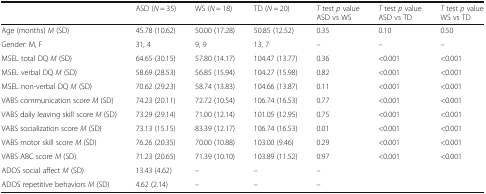
<table><thead><tr><td></td><td><b>ASD (<i>N</i> = 35)</b></td><td><b>WS (<i>N</i> = 18)</b></td><td><b>TD (<i>N</i> = 20)</b></td><td><b><i>T</i> test <i>p</i> valueASD vs WS</b></td><td><b><i>T</i> test <i>p</i> valueASD vs TD</b></td><td><b><i>T</i> test <i>p</i> valueWS vs TD</b></td></tr></thead><tbody><tr><td>Age (months) <i>M</i> (SD)</td><td>45.78 (10.62)</td><td>50.00 (17.28)</td><td>50.85 (12.52)</td><td>0.35</td><td>0.10</td><td>0.50</td></tr><tr><td>Gender: M, F</td><td>31, 4</td><td>9, 9</td><td>13, 7</td><td>–</td><td>–</td><td>–</td></tr><tr><td>MSEL total DQ <i>M</i> (SD)</td><td>64.65 (30.15)</td><td>57.80 (14.17)</td><td>104.47 (13.77)</td><td>0.36</td><td>&lt;0.001</td><td>&lt;0.001</td></tr><tr><td>MSEL verbal DQ <i>M</i> (SD)</td><td>58.69 (28.53)</td><td>56.85 (15.94)</td><td>104.27 (15.98)</td><td>0.82</td><td>&lt;0.001</td><td>&lt;0.001</td></tr><tr><td>MSEL non-verbal DQ <i>M</i> (SD)</td><td>70.62 (29.23)</td><td>58.74 (13.83)</td><td>104.66 (13.87)</td><td>0.11</td><td>&lt;0.001</td><td>&lt;0.001</td></tr><tr><td>VABS communication score <i>M</i> (SD)</td><td>74.23 (20.11)</td><td>72.72 (10.54)</td><td>106.74 (16.53)</td><td>0.77</td><td>&lt;0.001</td><td>&lt;0.001</td></tr><tr><td>VABS daily leaving skill score <i>M</i> (SD)</td><td>73.29 (29.14)</td><td>71.00 (12.14)</td><td>101.05 (12.95)</td><td>0.75</td><td>&lt;0.001</td><td>&lt;0.001</td></tr><tr><td>VABS socialization score <i>M</i> (SD)</td><td>73.13 (15.15)</td><td>83.39 (12.17)</td><td>106.74 (16.53)</td><td>0.01</td><td>&lt;0.001</td><td>&lt;0.001</td></tr><tr><td>VABS motor skill score <i>M</i> (SD)</td><td>76.26 (20.35)</td><td>70.00 (10.88)</td><td>103.00 (9.46)</td><td>0.29</td><td>&lt;0.001</td><td>&lt;0.001</td></tr><tr><td>VABS ABC score <i>M</i> (SD)</td><td>71.23 (20.65)</td><td>71.39 (10.10)</td><td>103.89 (11.52)</td><td>0.97</td><td>&lt;0.001</td><td>&lt;0.001</td></tr><tr><td>ADOS social affect <i>M</i> (SD)</td><td>13.43 (4.62)</td><td>–</td><td>–</td><td>–</td><td></td><td></td></tr><tr><td>ADOS repetitive behaviors <i>M</i> (SD)</td><td>4.62 (2.14)</td><td>–</td><td>–</td><td>–</td><td></td><td></td></tr></tbody></table>